Statistical return of the lunatic asylum in Assam - 1912-1932
Year: 1912
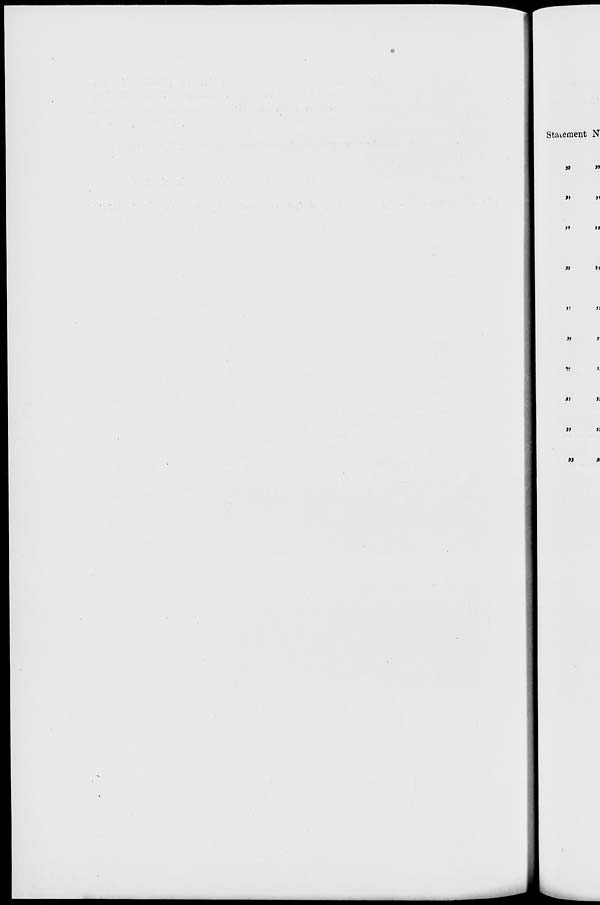
Statement N
99
»
»
>t
»
11
«
»J
»
»
*>
i;
»
>;
M
*